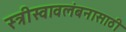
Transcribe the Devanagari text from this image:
स्त्रीस्वावलंबनासाठी